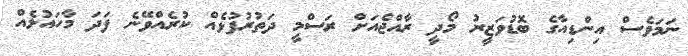
ނަމަވެސް އިންޑިއާގެ ބޮޑުވަޒީރު މޯދީ ރާއްޖެއަށް ރަސްމީ ދަތުރުފުޅެއް ކުރެއްވޭނެ ފަދަ މާހައުލެއް